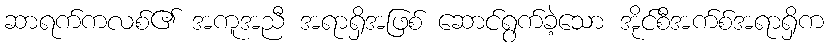
ဆာရက်ကလစ်၏ အကူအညီ အရာရှိအဖြစ် ဆောင်ရွက်ခဲ့သော အိုင်စီအက်စ်အရာရှိက